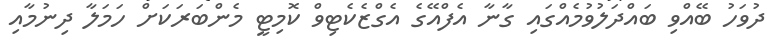
ދުވަހު ބޭއްވި ބައްދަލުވުމެއްގައި ގާނާ އެފްއޭގެ އެގްޒެކެޓިވް ކޮމިޓީ މެންބަރަކަށް ހަމަލާ ދިނުމާއި